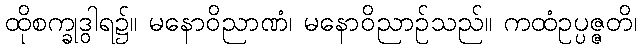
ထိုစက္ခုဒွါရ၌။ မနောဝိညာဏံ၊ မနောဝိညာဉ်သည်။ ကထံဥပ္ပဇ္ဇတိ၊